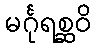
မင်္ဂုရစ္ဆဝိ